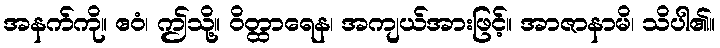
အနက်ကို။ ဧဝံ၊ ဤသို့။ ဝိတ္ထာရေန၊ အကျယ်အားဖြင့်။ အာဇာနာမိ၊ သိပါ၏။